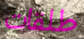
طلقات